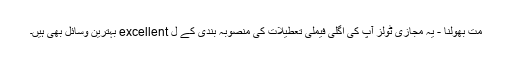
مت بھولنا - یہ مجازی ٹولز آپ کی اگلی فیملی تعطیلات کی منصوبہ بندی کے ل excellent بہترین وسائل بھی ہیں۔